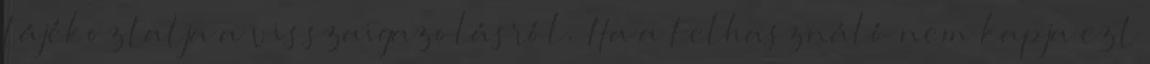
tájékoztatja a visszaigazolásról. Ha a Felhasználó nem kapja ezt